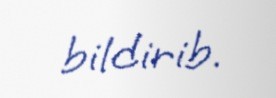
bildirib.